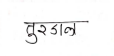
मजकूर: तुरडाल